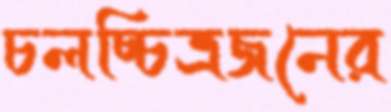
চলচ্চিত্রজনের